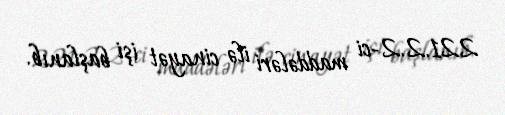
221.2.2-ci maddələri ilə cinayət işi başlanıb.